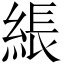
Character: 𦁢